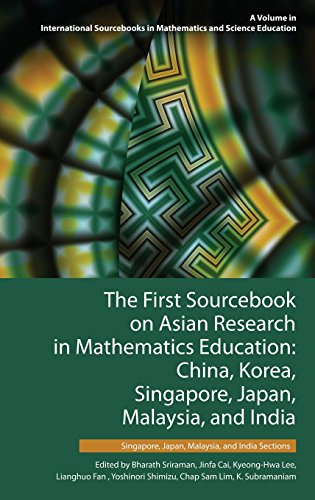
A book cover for The First Sourcebook on Asian Research in Mathematics Education: China, Korea, Singapore, Japan, Malaysia and India -- Singapore, Japan, Malaysia, and India Sections (HC); Science & Math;